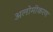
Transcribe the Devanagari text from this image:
अलोमीकरण